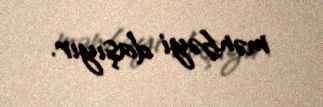
mənbəyi daşıyır.